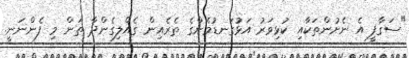
"ސަގާފީ އެ ނެށުންތަކާއި ކުޅިވަރު އަޅުގަނޑުމެންގެ ތެރެއިން ގެއްލިގެންދާ ތަން މި ފެންނަނީ.